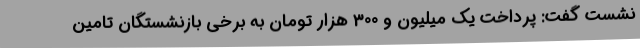
نشست گفت: پرداخت یک میلیون و 300 هزار تومان به برخی بازنشستگان تامین